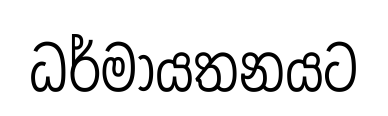
ධර්මායතනයට